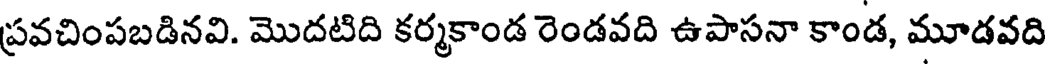
ప్రవచింపబడినవి. మొదటిది కర్మకాండ రెండవది ఉపాసనా కాండ, మూడవది